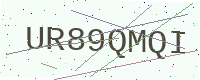
Text: UR89QMQI